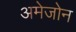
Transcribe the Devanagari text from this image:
अमेजोन